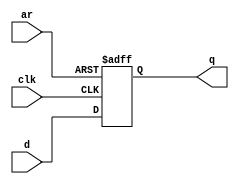
module top_module (
    input clk,
    input d, 
    input ar,   // asynchronous reset
    output q);
    always @(posedge ar, posedge clk) begin
        if (ar)
            q <= 0;
        else if (clk)
            q <= d;
    end
endmodule